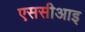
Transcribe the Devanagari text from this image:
एससीआइ